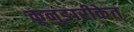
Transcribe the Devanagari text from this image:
कूनुङारीकेत्